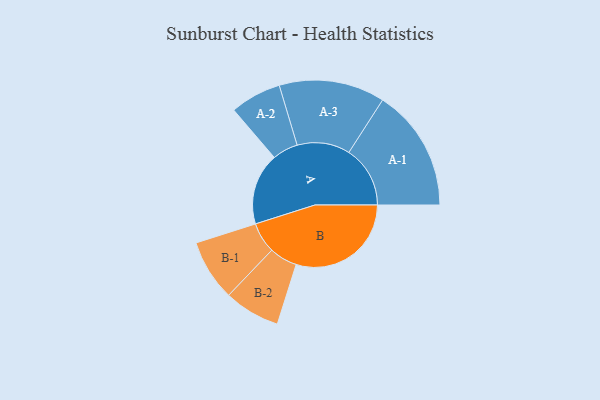
{"axis": {"x": "Segment", "y": "Value"}, "legend": ["", "A", "B"], "data": [{"x": "A", "y": 300, "type": ""}, {"x": "B", "y": 481, "type": ""}, {"x": "A-1", "y": 256, "type": "A"}, {"x": "A-2", "y": 107, "type": "A"}, {"x": "A-3", "y": 221, "type": "A"}, {"x": "B-1", "y": 128, "type": "B"}, {"x": "B-2", "y": 117, "type": "B"}]}